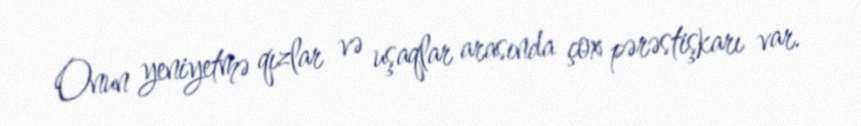
Onun yeniyetmə qızlar və uşaqlar arasında çox pərəstişkarı var.